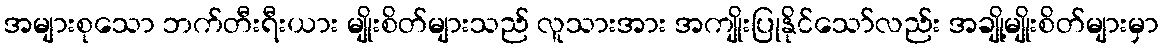
အများစုသော ဘက်တီးရီးယား မျိုးစိတ်များသည် လူသားအား အကျိုးပြုနိုင်သော်လည်း အချို့မျိုးစိတ်များမှာ